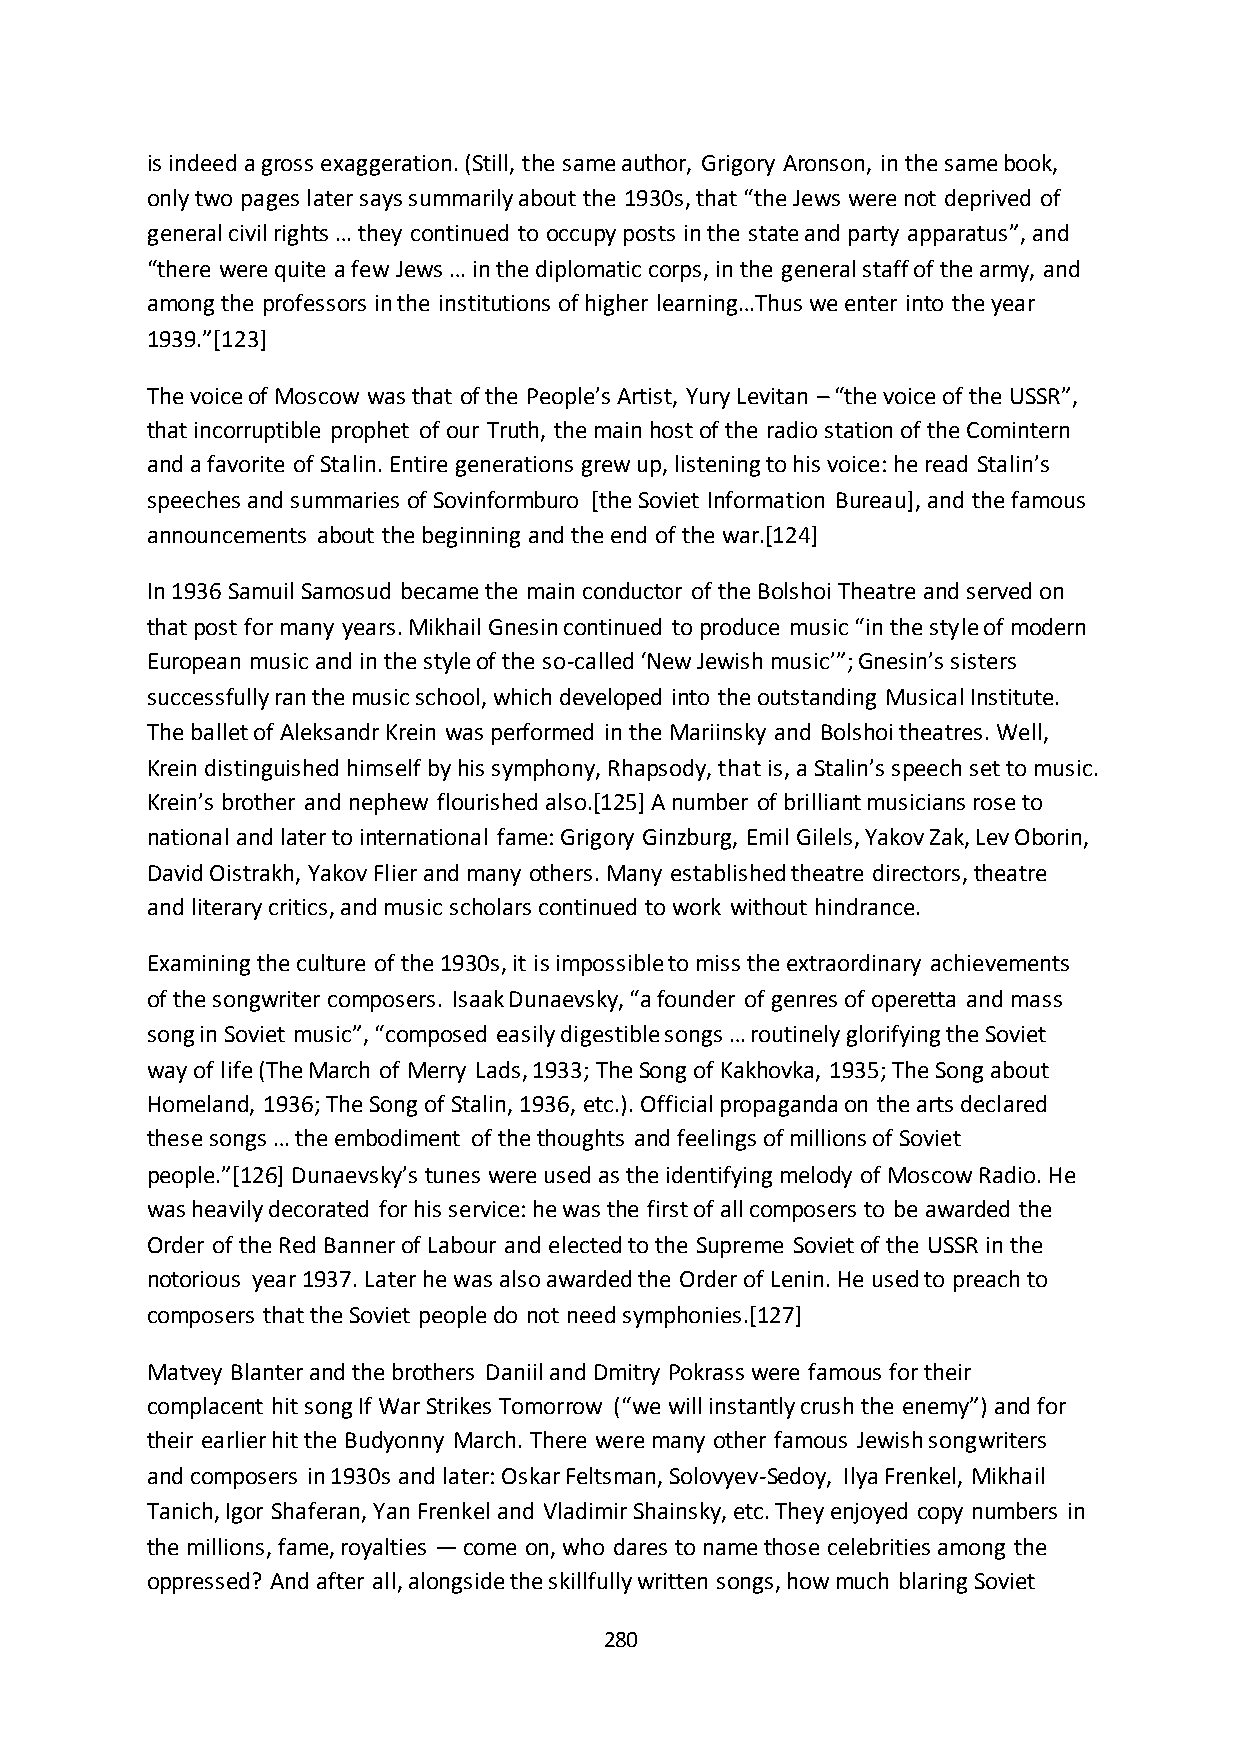
is indeed a gross exaggeration. (Still, the same author, Grigory Aronson, in the same book,
 only two pages later says summarily about the 1930s, that “the Jews were not deprived of
 general civil rights … they continued to occupy posts in the state and party apparatus”, and
 “there were quite a few Jews … in the diplomatic corps, in the general staff of the army, and
 among the professors in the institutions of higher learning…Thus we enter into the year
 1939.”*123+
 The voice of Moscow was that of the People’s Artist, Yury Levitan – “the voice of the USSR”,
 that incorruptible prophet of our Truth, the main host of the radio station of the Comintern
 and a favorite of Stalin. Entire generations grew up, listening to his voice: he read Stalin’s
 speeches and summaries of Sovinformburo [the Soviet Information Bureau], and the famous
 announcements about the beginning and the end of the war.[124]
 In 1936 Samuil Samosud became the main conductor of the Bolshoi Theatre and served on
 that post for many years. Mikhail Gnesin continued to produce music “in the style of modern
 European music and in the style of the so-called ‘New Jewish music’”; Gnesin’s sisters
 successfully ran the music school, which developed into the outstanding Musical Institute.
 The ballet of Aleksandr Krein was performed in the Mariinsky and Bolshoi theatres. Well,
 Krein distinguished himself by his symphony, Rhapsody, that is, a Stalin’s speech set to music.
 Krein’s brother and nephew flourished also.*125+ A number of brilliant musicians rose to
 national and later to international fame: Grigory Ginzburg, Emil Gilels, Yakov Zak, Lev Oborin,
 David Oistrakh, Yakov Flier and many others. Many established theatre directors, theatre
 and literary critics, and music scholars continued to work without hindrance.
 Examining the culture of the 1930s, it is impossible to miss the extraordinary achievements
 of the songwriter composers. Isaak Dunaevsky, “a founder of genres of operetta and mass
 song in Soviet music”, “composed easily digestible songs … routinely glorifying the Soviet
 way of life (The March of Merry Lads, 1933; The Song of Kakhovka, 1935; The Song about
 Homeland, 1936; The Song of Stalin, 1936, etc.). Official propaganda on the arts declared
 these songs … the embodiment of the thoughts and feelings of millions of Soviet
 people.”*126+ Dunaevsky’s tunes were used as the identifying melody of Moscow Radio. He
 was heavily decorated for his service: he was the first of all composers to be awarded the
 Order of the Red Banner of Labour and elected to the Supreme Soviet of the USSR in the
 notorious year 1937. Later he was also awarded the Order of Lenin. He used to preach to
 composers that the Soviet people do not need symphonies.[127]
 Matvey Blanter and the brothers Daniil and Dmitry Pokrass were famous for their
 complacent hit song If War Strikes Tomorrow (“we will instantly crush the enemy”) and for
 their earlier hit the Budyonny March. There were many other famous Jewish songwriters
 and composers in 1930s and later: Oskar Feltsman, Solovyev-Sedoy, Ilya Frenkel, Mikhail
 Tanich, Igor Shaferan, Yan Frenkel and Vladimir Shainsky, etc. They enjoyed copy numbers in
 the millions, fame, royalties — come on, who dares to name those celebrities among the
 oppressed? And after all, alongside the skillfully written songs, how much blaring Soviet
 280